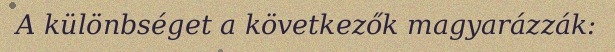
A különbséget a következők magyarázzák: